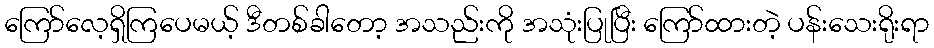
ကြော်လေ့ရှိကြပေမယ့် ဒီတစ်ခါတော့ အသည်းကို အသုံးပြုပြီး ကြော်ထားတဲ့ ပန်းသေးရိုးရာ